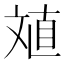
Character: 𱡤